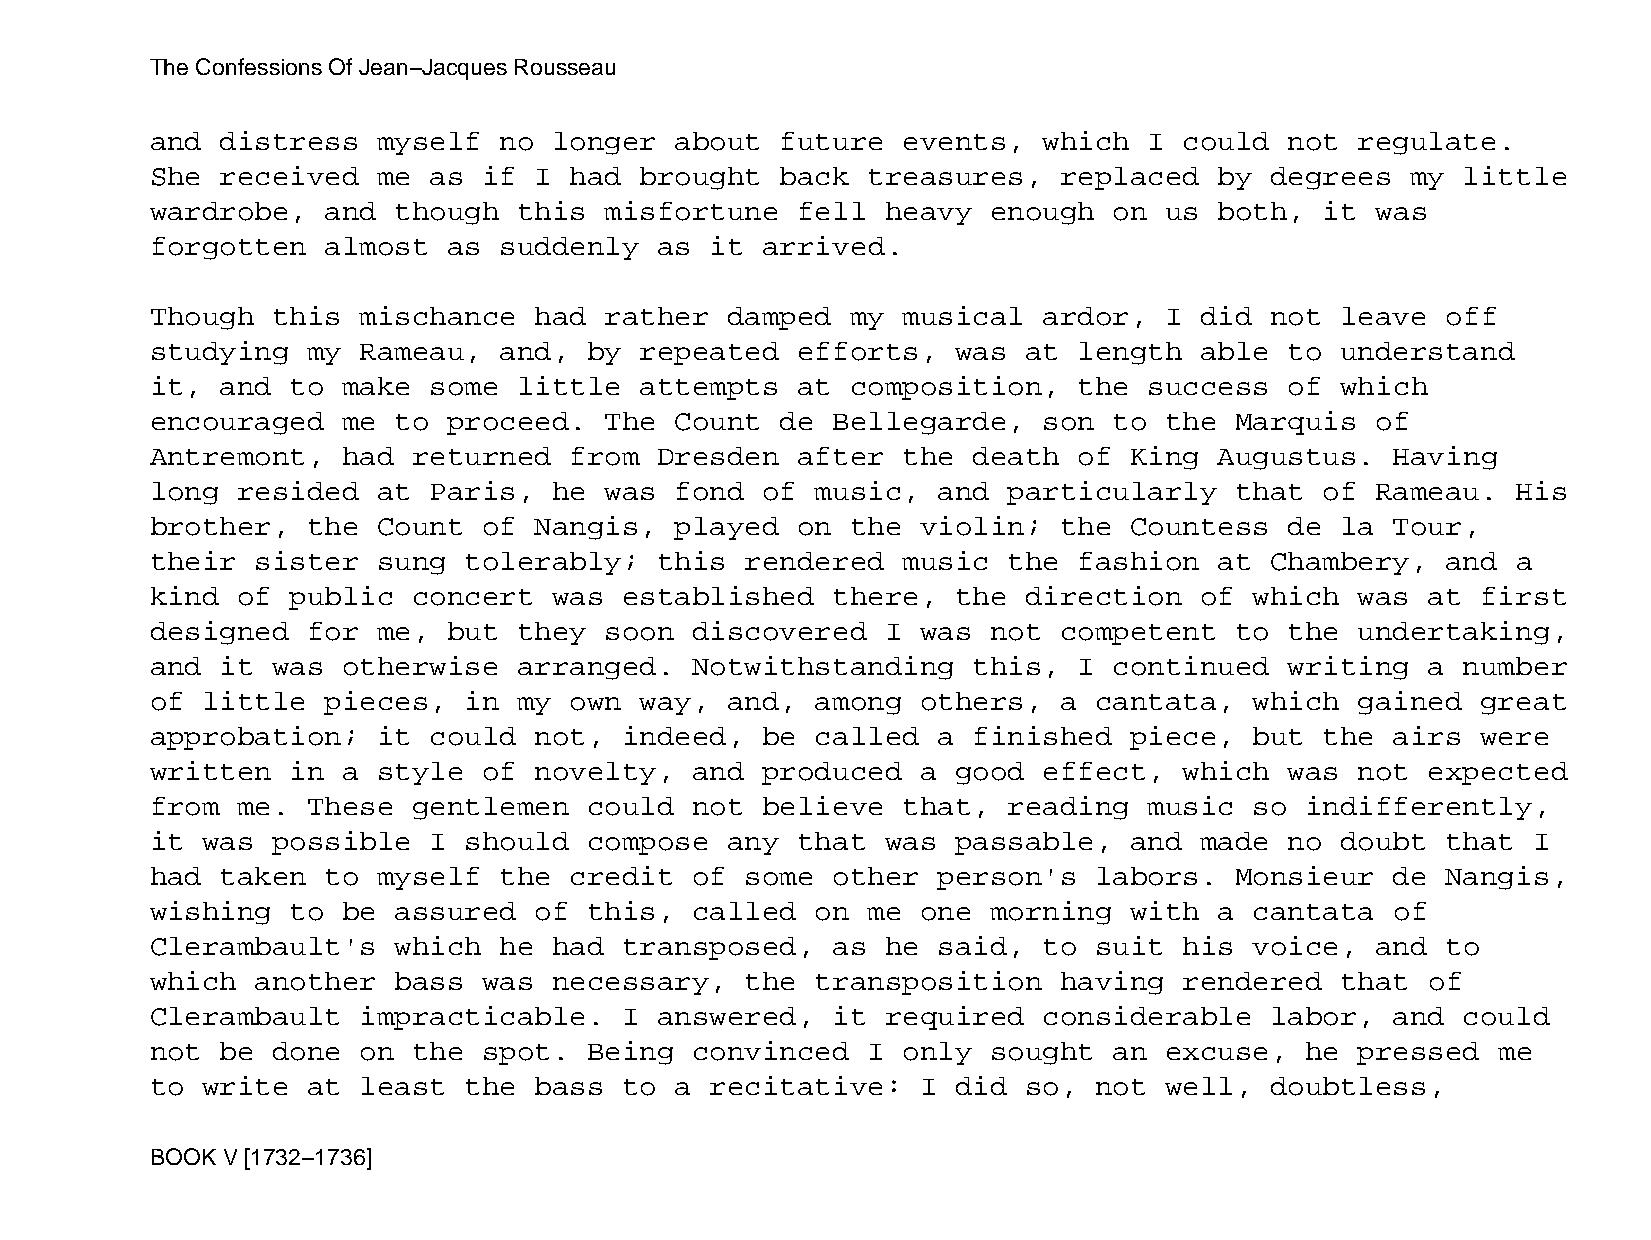
The Confessions Of Jean−Jacques Rousseau
 and  distress  myself  no  longer  about  future  events,  which  I could  not  regulate.
 She  received  me as  if I  had brought   back treasures,   replaced   by degrees  my  little
 wardrobe,   and though  this  misfortune   fell  heavy  enough  on us  both,  it was
 forgotten   almost  as suddenly   as it arrived.
 Though  this  mischance  had  rather  damped  my  musical  ardor,  I did  not  leave  off
 studying  my  Rameau,  and,  by repeated   efforts,  was  at length  able  to  understand
 it,  and to  make some  little  attempts   at composition,   the  success  of  which
 encouraged   me to  proceed.  The  Count  de Bellegarde,   son  to the  Marquis  of
 Antremont,   had returned   from  Dresden  after  the death  of  King  Augustus.  Having
 long  resided  at Paris,   he was  fond of  music,  and  particularly   that  of Rameau.  His
 brother,  the  Count  of Nangis,   played  on the  violin;  the  Countess  de  la Tour,
 their  sister  sung  tolerably;   this rendered   music  the fashion   at Chambery,   and a
 kind  of public  concert   was established   there,  the  direction  of  which  was  at first
 designed  for  me,  but they  soon  discovered   I was  not competent   to the  undertaking,
 and  it was  otherwise  arranged.   Notwithstanding   this,  I  continued  writing   a number
 of little   pieces,  in my  own way,  and,  among  others,  a cantata,   which  gained  great
 approbation;   it could  not,  indeed,  be  called  a finished   piece,  but  the airs  were
 written  in  a style  of novelty,   and produced   a good  effect,  which  was  not  expected
 from  me. These  gentlemen   could  not believe   that,  reading  music  so indifferently,
 it was  possible  I  should  compose  any  that  was passable,   and made  no  doubt  that I
 had  taken  to myself  the  credit  of some  other  person's  labors.   Monsieur  de  Nangis,
 wishing  to  be assured  of  this,  called  on me  one  morning  with  a cantata  of
 Clerambault's   which  he  had transposed,   as  he said,  to suit  his  voice,  and  to
 which  another  bass  was  necessary,  the  transposition   having  rendered   that  of
 Clerambault   impracticable.   I  answered,  it  required  considerable   labor,  and  could
 not  be done  on the  spot.  Being  convinced  I  only  sought  an excuse,  he  pressed  me
 to write  at  least  the bass  to  a recitative:   I did  so, not  well,  doubtless,
 BOOK V [1732−1736]